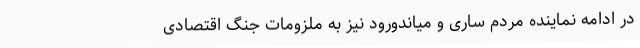
در ادامه نماینده مردم ساری و میاندورود نیز به ملزومات جنگ اقتصادی